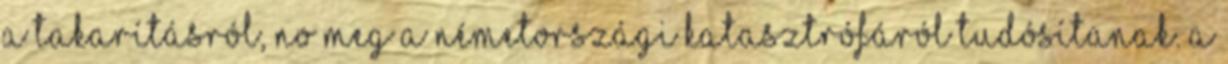
a takarításról, no meg a németországi katasztrófáról tudósítanak. A